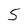
Character: S